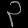
Digit: ၃